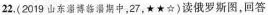
22.(2019山东溢博期中，27，★★☆)读俄罗斯图，回答